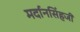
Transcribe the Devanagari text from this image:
मर्दानसिंहजी